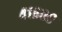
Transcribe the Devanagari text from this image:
४१६००